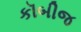
કૉબીજ